Scottish Leaving Certificate Examination, 1960
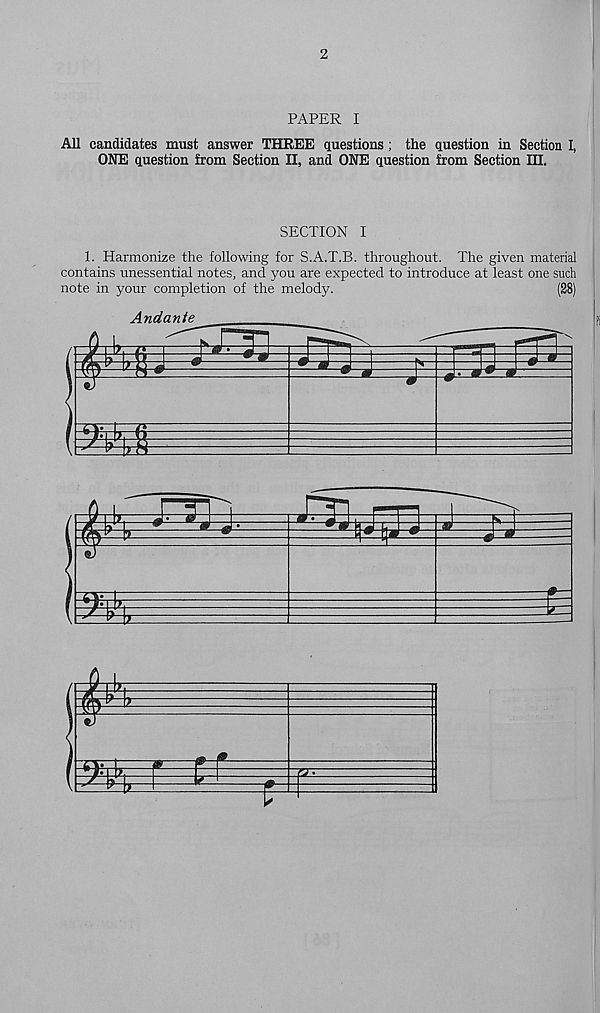
2
PAPER I
All candidates must answer THREE questions; the question in Section I,
ONE question from Section II, and ONE question from Section III.
SECTION I
1. Harmonize the following for S.A.T.B. throughout. The given material
contains unessential notes, and you are expected to introduce at least one such
note in your completion of the melody.
(28)
Andante